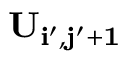
\bf { U } _ { i ^ { \prime } , j ^ { \prime } + 1 }